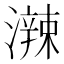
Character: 𤁕